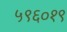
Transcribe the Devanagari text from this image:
५९६०१९